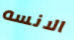
الانسه